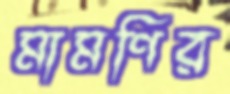
মামণির